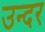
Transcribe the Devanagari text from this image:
उन्दर